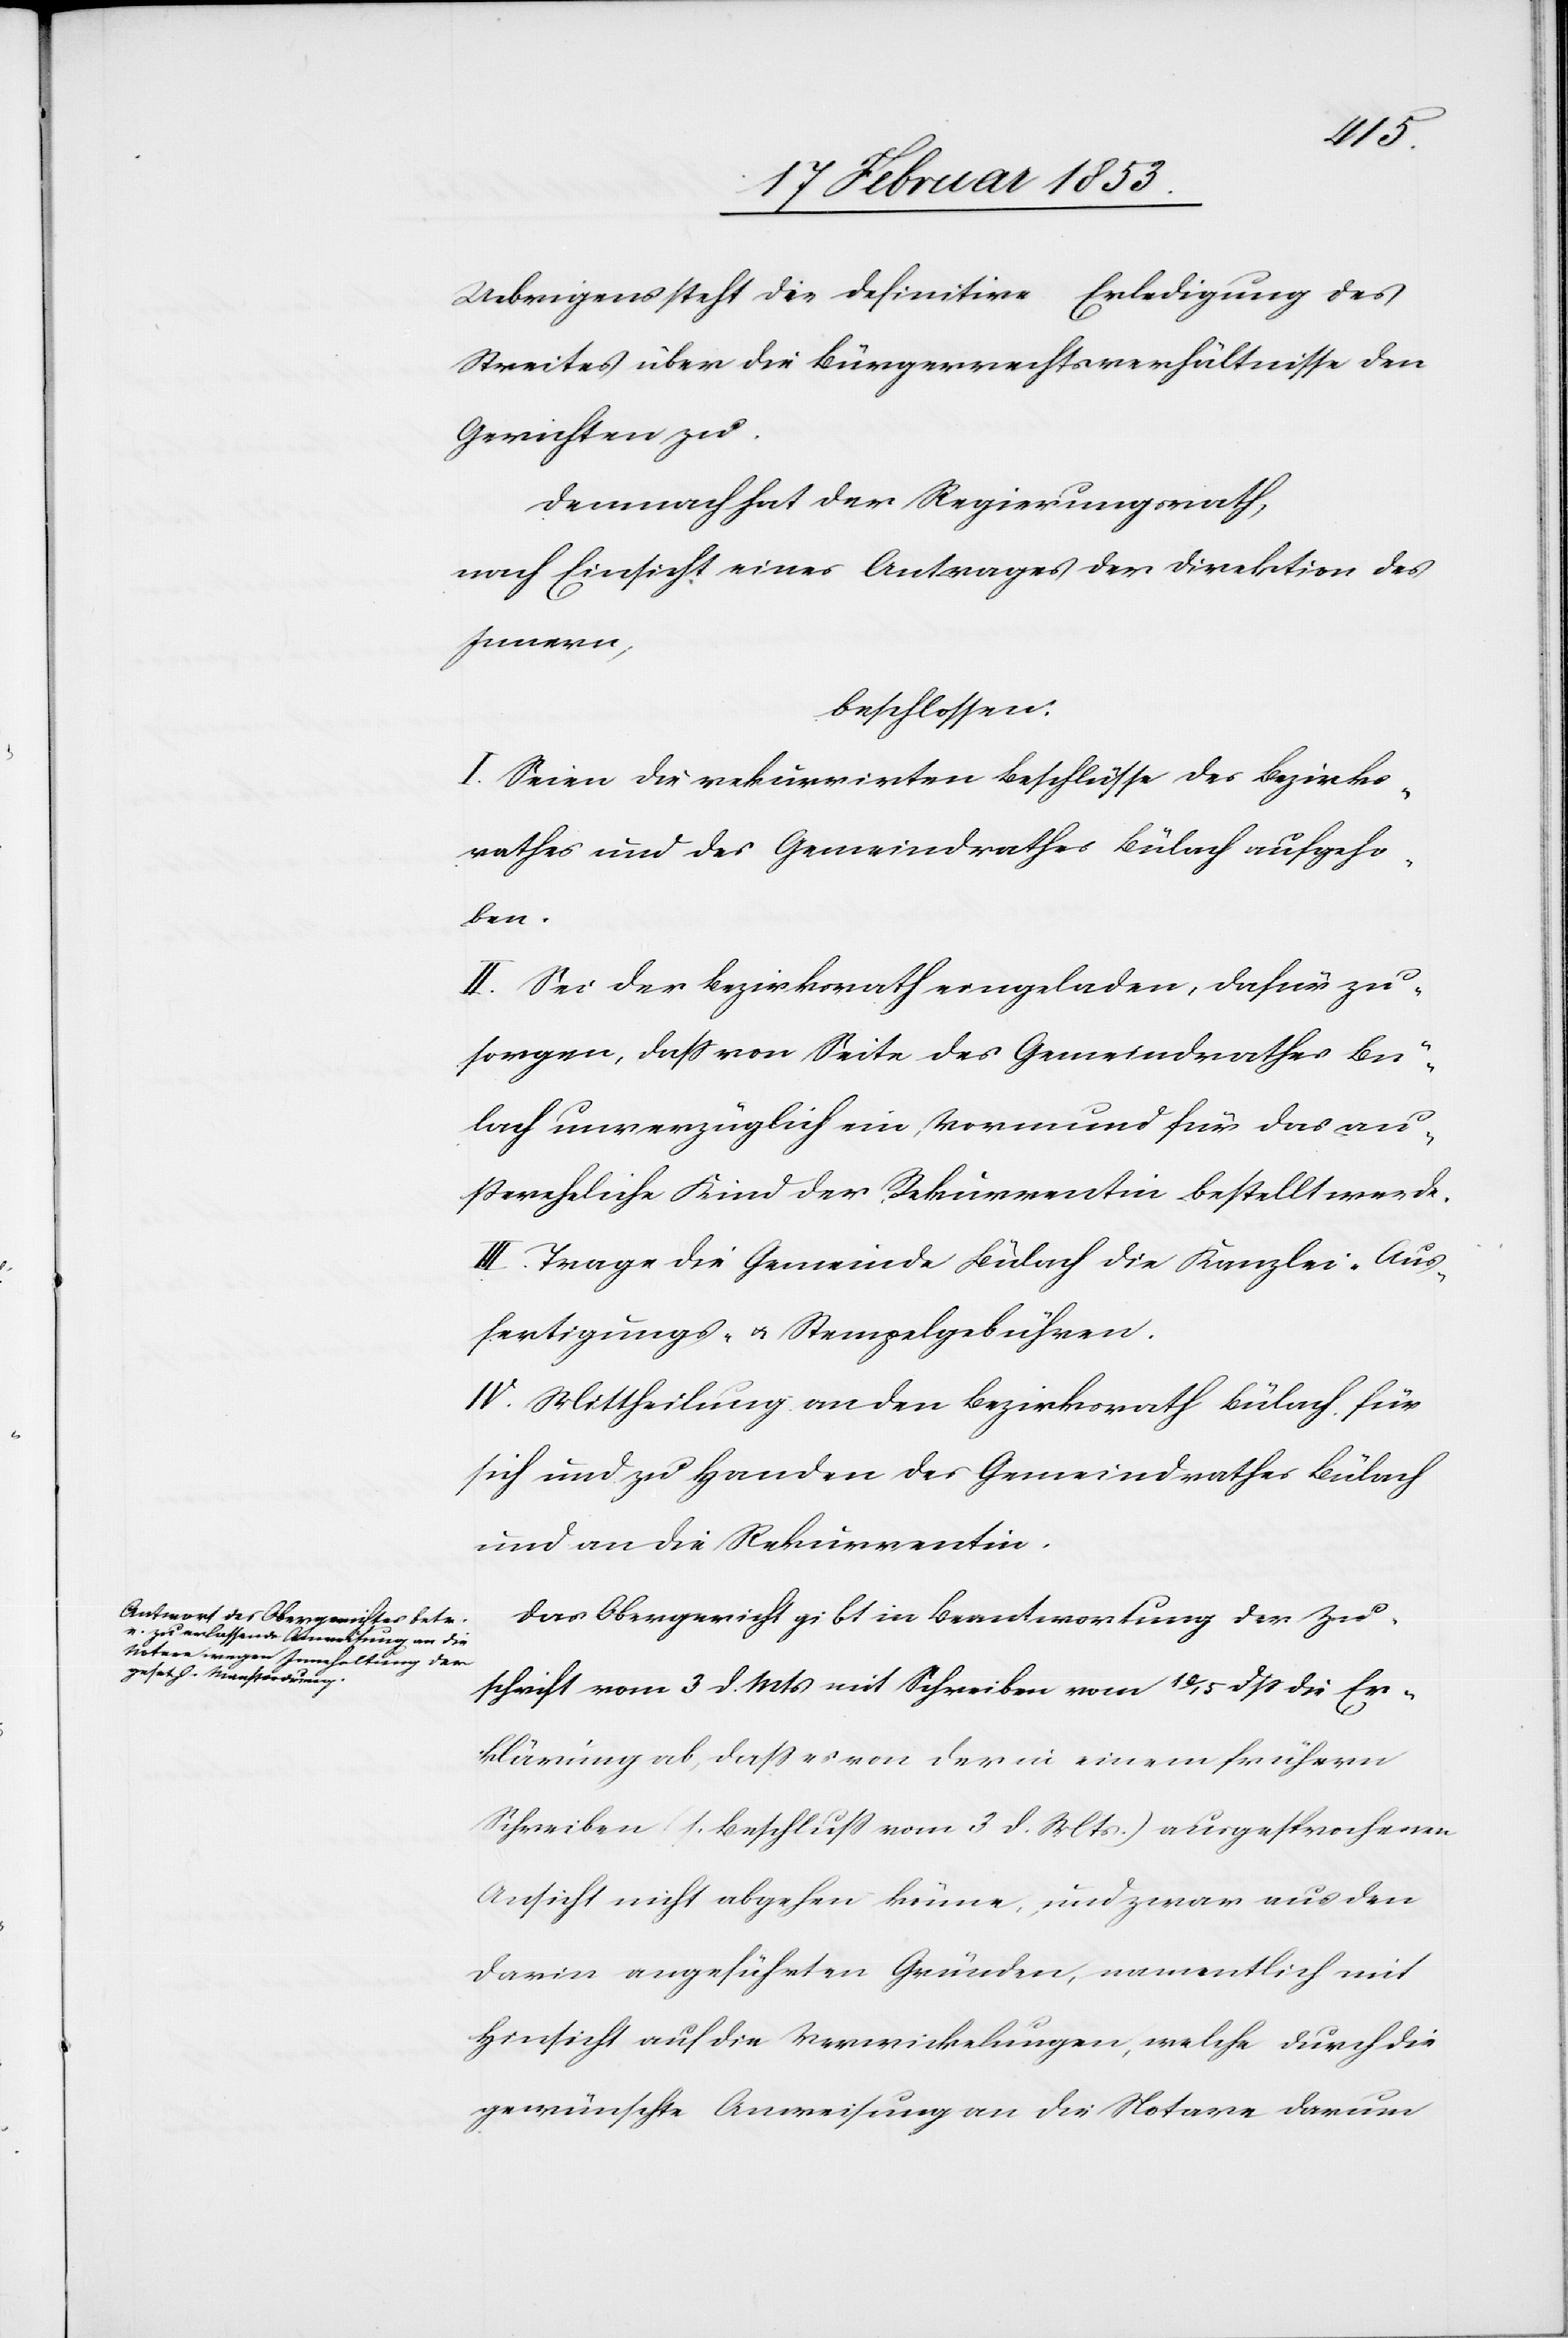
Uebrigens steht die definitive Erledigung des
Streites über die Bürgerrechtsverhältnisse den
Gerichten zu.
Demnach hat der Regierungsrath,
nach Einsicht eines Antrages der Direktion des
Innern,
beschlossen:
I. Seien die rekurrirten Beschlüsse des Bezirks¬
rathes und des Gemeindrathes Bülach aufgeho¬
ben.
II. Sei der Bezirksrath einzuladen, dafür zu
sorgen, daß von Seite des Gemeindrathes Bü¬
lach unverzüglich ein Vormund für das au¬
ßereheliche Kind der Rekurrentin bestellt werde.
III. Trage die Gemeinde Bülach die Kanzlei- Aus¬
fertigungs- u. Stempelgebühren.
IV. Mittheilung an den Bezirksrath Bülach für
sich und zu Handen des Gemeindrathes Bülach
und an die Rekurrentin.
Das Obergericht gibt in Beantwortung der Zu¬
schrift vom 3 d. Mts. mit Schreiben vom 10/15 dß die Er¬
klärung ab, daß er von der in einem frühern
Schreiben (1. Beschluß vom 3 d. Mts.) ausgesprochenen
Ansicht nicht abgehen könne, und zwar aus den
darin angeführten Gründen, namentlich mit
Hinsicht auf die Verwicklungen, welche durch die
gewünschte Anweisung an die Notare darum